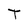
Character: T